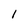
Character: l